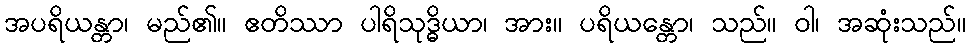
အပရိယန္တာ၊ မည်၏။ ဧတိဿာ ပါရိသုဒ္ဓိယာ၊ အား။ ပရိယန္တော၊ သည်။ ဝါ၊ အဆုံးသည်။